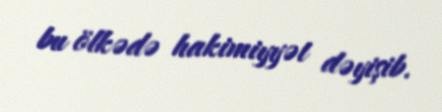
bu ölkədə hakimiyyət dəyişib.